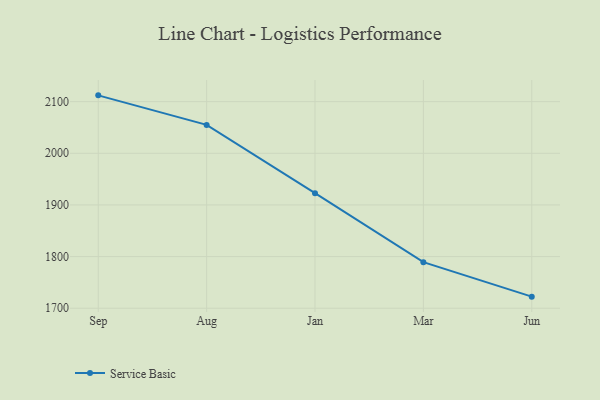
{"axis": {"x": "Month", "y": "Market Share (%)"}, "legend": ["Service Basic"], "data": [{"x": "Sep", "y": 2112.2, "type": "Service Basic"}, {"x": "Aug", "y": 2055.0, "type": "Service Basic"}, {"x": "Jan", "y": 1922.8, "type": "Service Basic"}, {"x": "Mar", "y": 1789.1, "type": "Service Basic"}, {"x": "Jun", "y": 1722.4, "type": "Service Basic"}]}